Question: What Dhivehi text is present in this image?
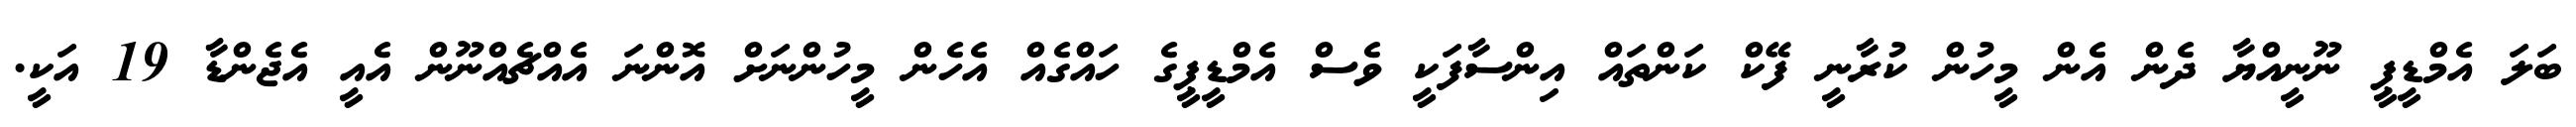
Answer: ބަލަ އެމްޑީޕީ ނޫނީއްޔާ ދެން އެން މީހުން ކުރާނީ ފޭކް ކަންތައް އިންސާފަކީ ވެސް އެމްޑީޕީގެ ހައްގެއް އެހެން މީހުންނަށް އޮންނަ އެއްޗެއްނޫން އެއީ އެޖެންޑާ 19 އަކީ.